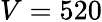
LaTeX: V=520